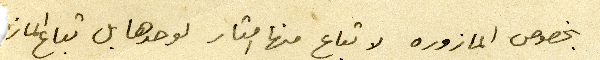
بخصوص المازوره لا تباع منها امتار لوحدها بل تباع الماز